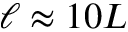
\ell \approx 1 0 L